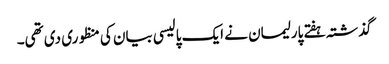
گذشتہ ہفتے پارلیمان نے ایک پالیسی بیان کی منظوری دی تھی۔